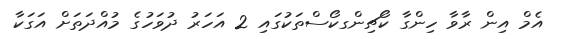
އެމް އިން ރާވާ ހިންގާ ކޯޗިންގކޯސްތަކުގައި 2 އަހަރު ދުވަހުގެ މުއްދަތަށް އަގަކާ